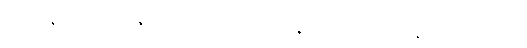
သဿနဒိံဋ္ဌိံ၊ ကို။ ပဇဟတိ၊ ပယ်၏။ စ၊ ထိုမှတပါး။ တဿ၊ ထိုယောဂီ ပုဂ္ဂိုလ်